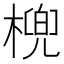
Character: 𣘛